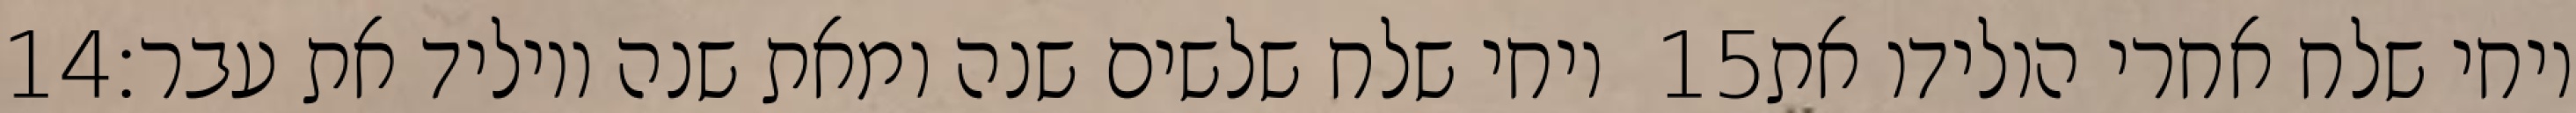
‎14‏ ויחי שלח שלשים שנה ומאת שנה ויוליד את עבר׃ ‎15‏ ויחי שלח אחרי הולידו את